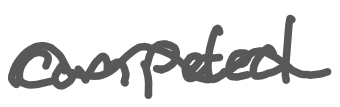
Text: competed
Cross-out: wave
Writing tool: digital_gray